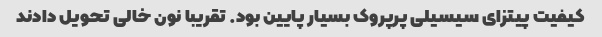
کیفیت پیتزای سیسیلی پرپروک بسیار پایین بود. تقریبا نون خالی تحویل دادند